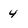
Character: 4